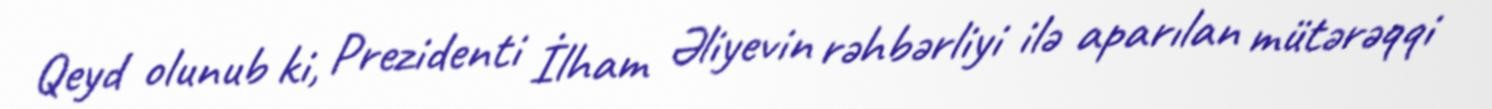
Qeyd olunub ki, Prezidenti İlham Əliyevin rəhbərliyi ilə aparılan mütərəqqi